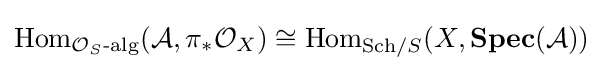
\operatorname {Hom} _{{\mathcal {O}}_{S}{\text{-alg}}}({\mathcal {A}},\pi _{*}{\mathcal {O}}_{X})\cong \operatorname {Hom} _{{\text{Sch}}/S}(X,\mathbf {Spec} ({\mathcal {A}}))